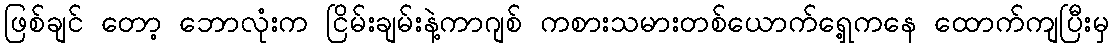
ဖြစ်ချင် တော့ ဘောလုံးက ငြိမ်းချမ်းနဲ့ကာဂျစ် ကစားသမားတစ်ယောက်ရှေ့ကနေ ထောက်ကျပြီးမှ